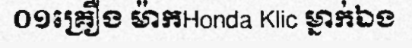
០១គ្រឿង ម៉ាកHonda Klic ម្នាក់ឯង